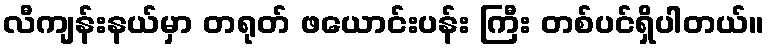
လီကျန်းနယ်မှာ တရုတ် ဖယောင်းပန်း ကြီး တစ်ပင်ရှိပါတယ်။